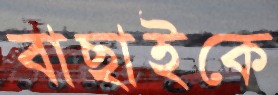
বাছাইকে